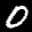
Label: 0